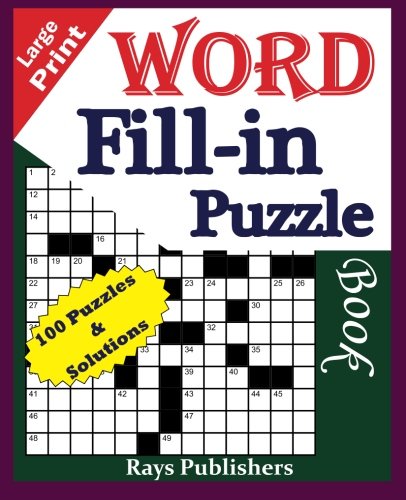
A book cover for Large Print Word Fill-in Puzzle book (Volume 1); Rays Publishers; Humor & Entertainment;